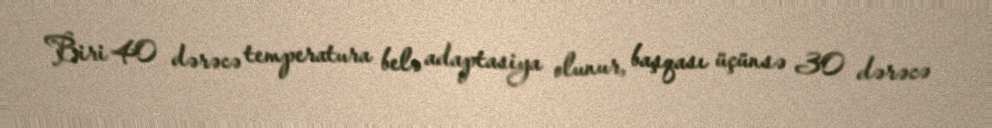
Biri 40 dərəcə temperatura belə adaptasiya olunur, başqası üçünsə 30 dərəcə